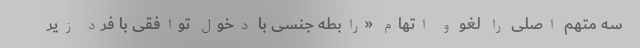
سه متهم اصلی را لغو و اتهام «رابطه جنسی با دخول توافقی با فرد زیر